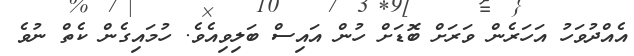
އެއްދުވަހު އަހަރެން ވަރަށް ބޮޑަށް ހުން އައިސް ބަލިވިއެވެ. ހުމައިގެން ކެތް ނުވެ